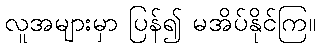
လူအများမှာ ပြန်၍ မအိပ်နိုင်ကြ။